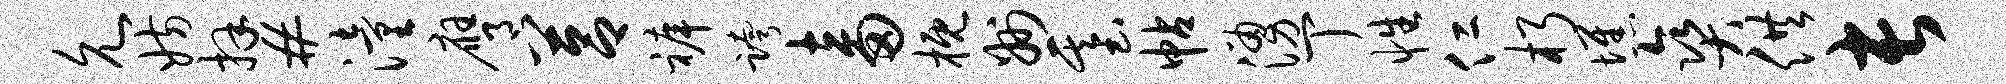
允妨拜#潼膺莒裤跨畜概州基帖涌丁性仁朽憔爽供长